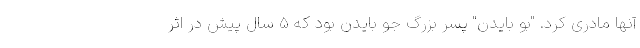
آنها مادری کرد. "بو بایدن" پسر بزرگ جو بایدن بود که 5 سال پیش در اثر